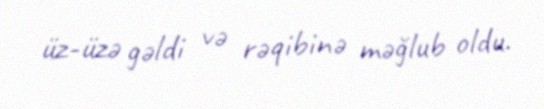
üz-üzə gəldi və rəqibinə məğlub oldu.